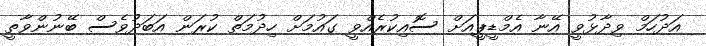
އަދުހަމް ވިދާޅުވީ އޭނާ އެމްޑީޕީއަށް ސޮއިކުރެއްވީ ގައުމަށް ހިދުމަތް ކުރަން އަބަދުވެސް ބޭނުންވާތީ